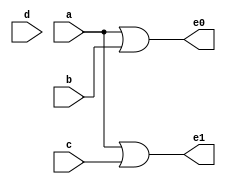
`timescale 1ns / 1ps

module or_encoder(
    input a,b,c,d,
    output e0,e1
    );
assign e0=a|b;
assign e1=a|c;
endmodule